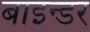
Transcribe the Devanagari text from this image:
बाइन्डर